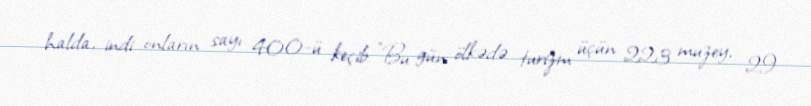
halda, indi onların sayı 400-ü keçib: "Bu gün ölkədə turizm üçün 223 muzey, 29